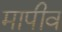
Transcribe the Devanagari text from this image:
मापीव